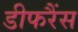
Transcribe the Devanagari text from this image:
डीफरैंस